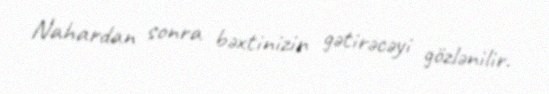
Nahardan sonra bəxtinizin gətirəcəyi gözlənilir.